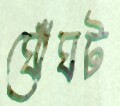
ঘোঁঘট